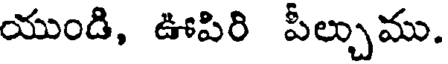
యుండి, ఊపిరి పీల్చుము.